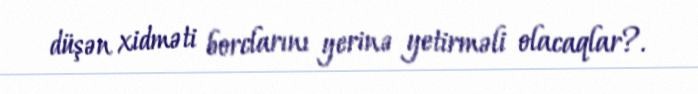
düşən xidməti borclarını yerinə yetirməli olacaqlar?.